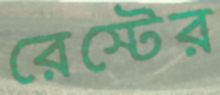
রেস্টের